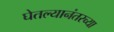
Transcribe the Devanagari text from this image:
घेतल्यानंतरच्या